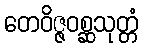
တေဝိဇ္ဇဝစ္ဆသုတ္တံ